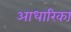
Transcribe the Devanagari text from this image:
आधारिका